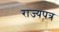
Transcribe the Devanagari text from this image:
राज्यपत्र